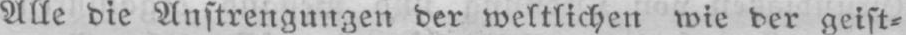
Alle die Anstrengungen der weltlichen wie der geist⸗